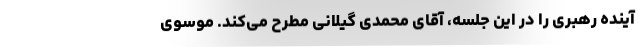
آینده رهبری را در این جلسه، آقای محمدی گیلانی مطرح می‌کند. موسوی‌